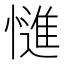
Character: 𭞷